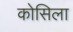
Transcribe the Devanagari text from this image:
कोसिला